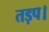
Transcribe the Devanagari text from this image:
तड़प।